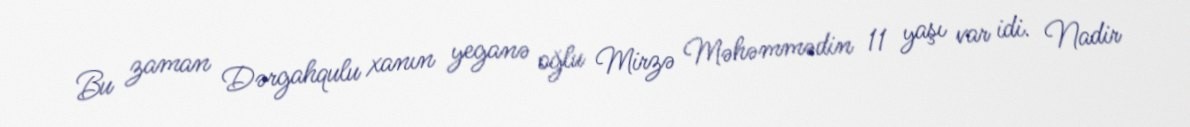
Bu zaman Dərgahqulu xanın yeganə oğlu Mirzə Məhəmmədin 11 yaşı var idi. Nadir